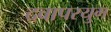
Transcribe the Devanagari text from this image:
दवापरयुग